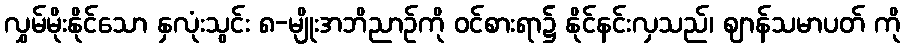
လွှမ်မိုးနိုင်သော နှလုံးသွင်း ၈-မျိုးအဘိညာဉ်ကို ဝင်စားရာ၌ နိုင်နင်းလှသည်၊ ဈာန်သမာပတ် ကို